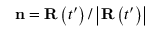
\mathbf { n } = \mathbf { R } \left( t ^ { \prime } \right) / \left| \mathbf { R } \left( t ^ { \prime } \right) \right|